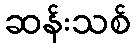
ဆန်းသစ်